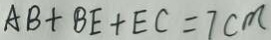
A B + B E + E C = 7 c m